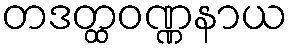
တဒတ္ထဝဏ္ဏနာယ